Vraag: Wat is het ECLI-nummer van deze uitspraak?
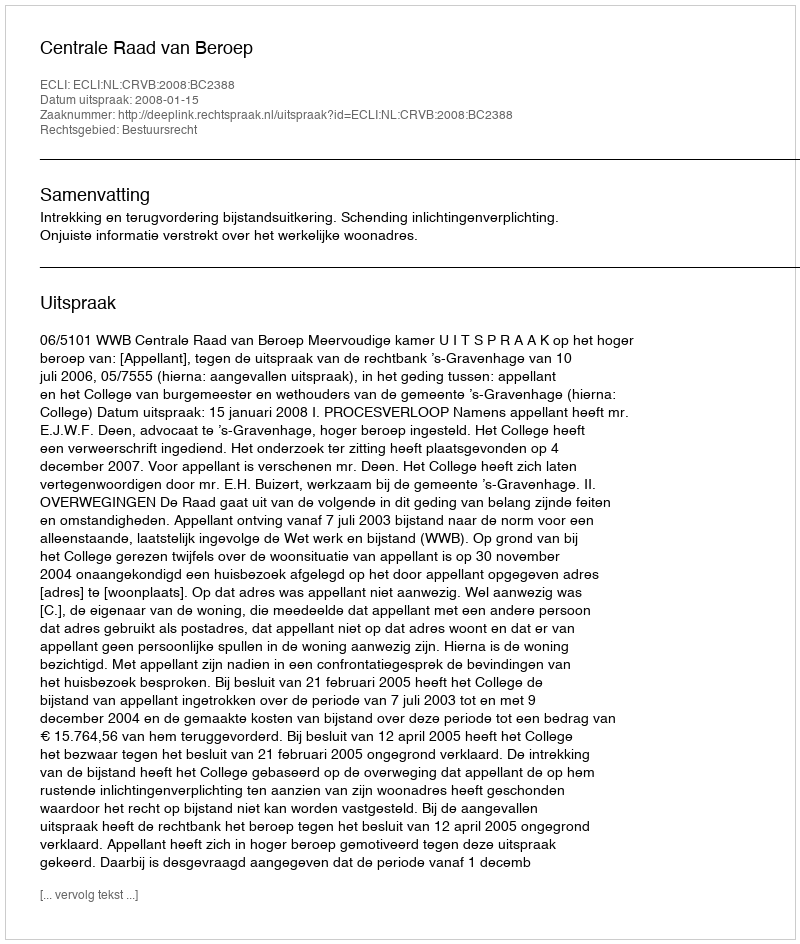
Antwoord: ECLI:NL:CRVB:2008:BC2388